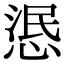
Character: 𢛣